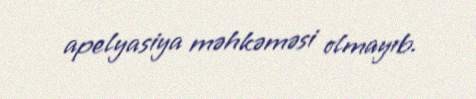
apelyasiya məhkəməsi olmayıb.